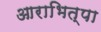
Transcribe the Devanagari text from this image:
आराभित्पा